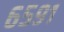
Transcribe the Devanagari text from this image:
६५९१